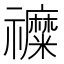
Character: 𮂦